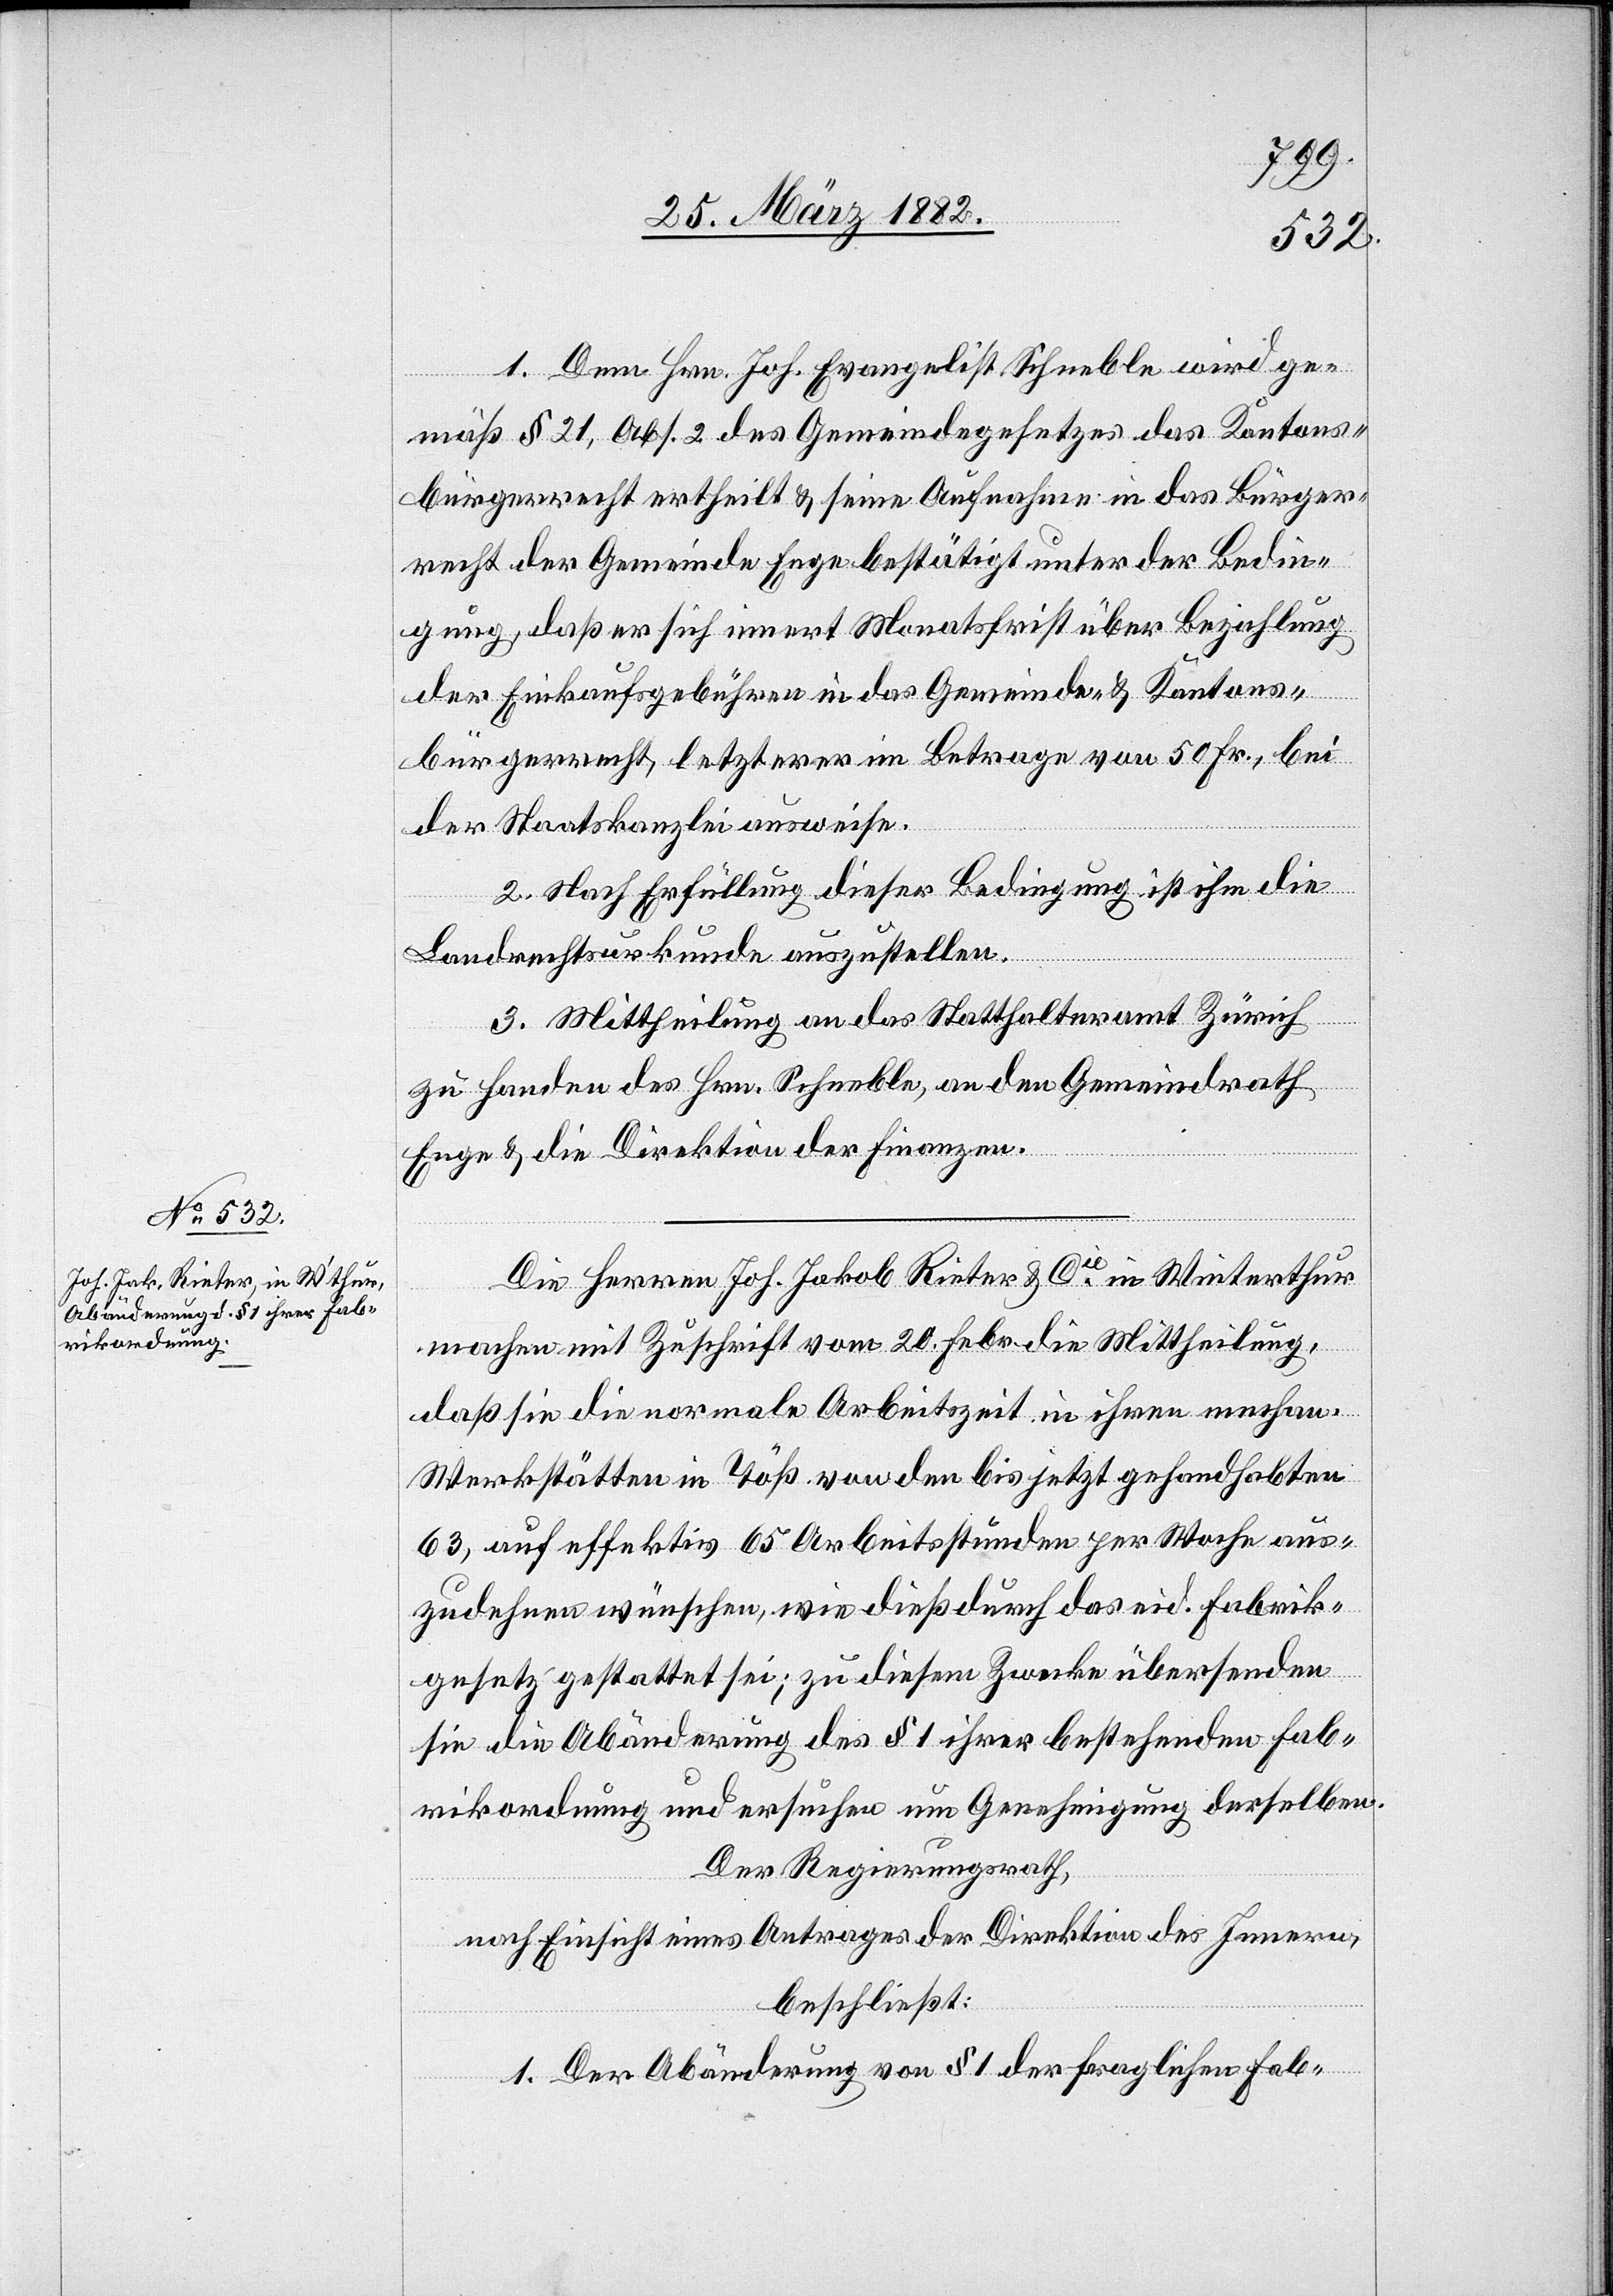
1. Dem Hrn. Joh. Evangelist Schneble wird ge¬
mäß § 21, Abs. 2 des Gemeindegesetzes das Kantons¬
bürgerrecht ertheilt & seine Aufnahme in das Bürger¬
recht der Gemeinde Enge bestätigt unter der Bedin¬
gung, daß er sich innert Monatsfrist über Bezahlung
der Einkaufsgebühren in das Gemeinde- & Kantons¬
bürgerrecht, letzterer im Betrage von 50 Fr., bei
der Staatskanzlei ausweise.
2. Nach Erfüllung dieser Bedingung ist ihm die
Landrechtsurkunde auszustellen.
3. Mittheilung an das Statthalteramt Zürich
zu Handen des Hrn. Schneble, an den Gemeindrath
Enge & die Direktion der Finanzen.
Die Herren Joh. Jakob Rieter & Cie in Winterthur
machen mit Zuschrift vom 20. Febr. die Mittheilung,
daß sie die normale Arbeitszeit in ihren mechan.
Werkstätten in Töß von den bis jetzt gehandhabten
63, auf effektiv 65 Arbeitsstunden per Woche aus¬
zudehnen wünschen, wie dieß durch das eid. Fabrik¬
gesetz gestattet sei; zu diesem Zwecke übersenden
sie die Abänderung des § 1 ihrer bestehenden Fab¬
rikordnung und ersuchen um Genehmigung derselben.
Der Regierungsrath,
nach Einsicht eines Antrages der Direktion des Innern,
beschließt:
1. Der Abänderung von § 1 der fraglichen Fab-